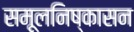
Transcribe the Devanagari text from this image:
समूलनिष्कासन